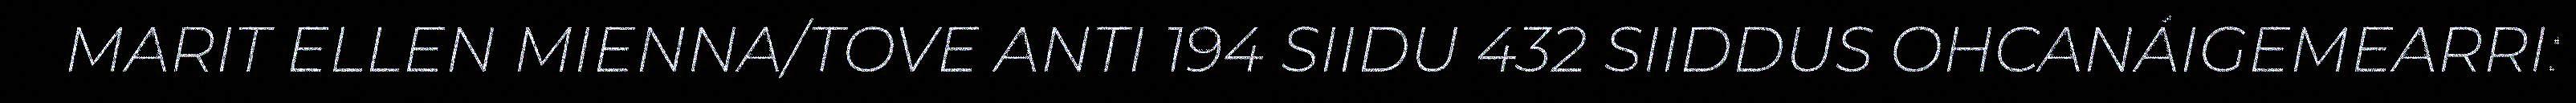
MARIT ELLEN MIENNA/TOVE ANTI 194 SIIDU 432 SIIDDUS OHCANÁIGEMEARRI: